Report of the Municipal Commissioner on the plague in Bombay for the year ending 31st May... - Volume 2
Disease focus: Plague
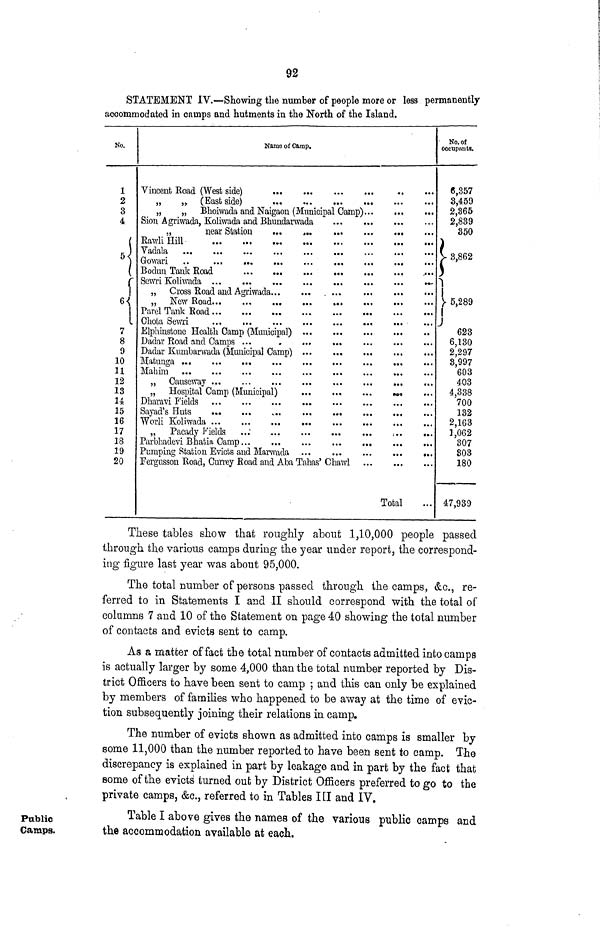
STATEMENT IV.—Showing the number of people more or less permanently
accommodated in camps and hutments in the North of the Island.
No.
1
2
3
4
6
7
8
9
10
11
12
13
H
15
16
17
18
19
20
Ñamo oí Camp.
„
, r (East side)
„
„ Bhoiwada and Naigaon (Municipal Camp)
Sion Agriwada, Koliwada and Bhundarwada
Eawlillill
Growari
..
Bodun Tank Road
„ Cross Road and Agriwada
Parel Tank Road
Chota Sewri
Elphinstone Health Camp (Municipal)
Dadar Kmnbarwada (Municipal Camp)
Matunga ...
Mabim
„ Causeway
...
„ Hospital Camp (Municipal)
*·«
Dharavi Fields
Sayad's Huts
s
Worli Koliwada
Parbhadevi Bhatia Camp
Pumping Station Evicts aud Marwada
Fergusson Road, Currey Road and Aba Tahas' Chawl
Total
No. of
occupants.
β,357
3,459
2,365
2,839
350
)
v Ö Qfi<>
> 0,00.6
)
Ί
1
> 5,289
I
J
623
6,130
2,297
8,997
603
403
4,338
700
132
2,163
],062
307
803
180
47,939
These tables show that roughly about .1,10,000 people passed
through the various camps during the year under report, the correspond-
ing figure last year was about 95,000.
The total number of persons passed through the camps, &c., re-
ferred to in Statements I and II should correspond with the total of
columns 7 and 10 of the Statement on page 40 showing the total number
of contacts and evicts sent to camp.
As a matter of fact the total number of contacts admitted into camps
is actually larger by some 4,000 than the total number reported by Dis-
trict Officers to have been sent to camp ; and this can only be explained
by members of families who happened to be away at the time of evic-
tion subsequently joining their relations in camp.
The number of evicts shown as admitted into camps is smaller by
some 11,000 than the number reported to have been sent to camp. The
discrepancy is explained in part by leakage and in part by the fact that
some of the evicts turned out by District Officers preferred to go to the
private camps, &c., referred to in Tables ΠΙ and IV.
Public
Camps.
Table I above gives the names of the various public camps and
the accommodation available at each.